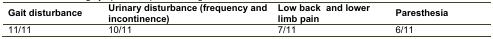
<table><thead><tr><td><b>Gait disturbance</b></td><td><b>Urinary disturbance (frequency and incontinence)</b></td><td><b>Low back and lower limb pain</b></td><td><b>Paresthesia</b></td></tr></thead><tbody><tr><td>11/11</td><td>10/11</td><td>7/11</td><td>6/11</td></tr></tbody></table>